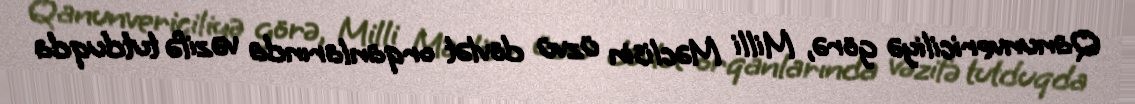
Qanunvericiliyə görə, Milli Məclisin üzvü dövlət orqanlarında vəzifə tutduqda